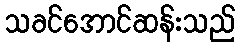
သခင်အောင်ဆန်းသည်